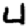
Digit: 4